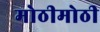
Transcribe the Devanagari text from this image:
मोठीमोठी